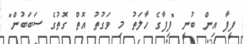
ފީފާ އިން ބުނީ "ފިފާގެ ހާލަތު މި ވަގުތު އޮތް ގޮތުގެ ސަބަބުން"